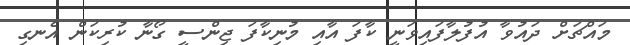
މައްޗަށް ދައުވާ އުފުލާފައިވަނީ ކާފަ އާއި މުނިކާފަ ޖިންސީ ގޯނާ ކުރިކަން އެނގި